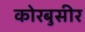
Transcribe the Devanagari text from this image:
कोरबुसीर